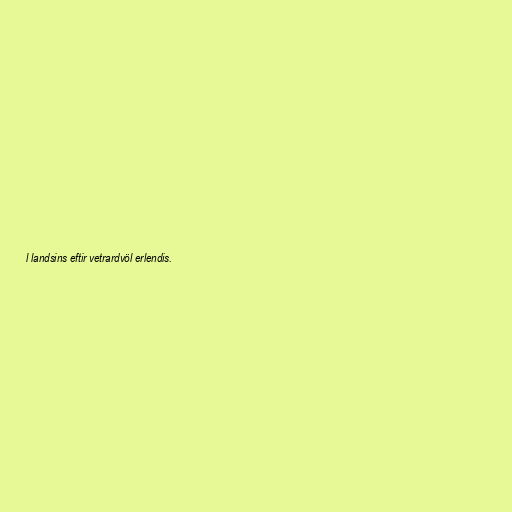
l landsins eftir vetrardvöl erlendis.